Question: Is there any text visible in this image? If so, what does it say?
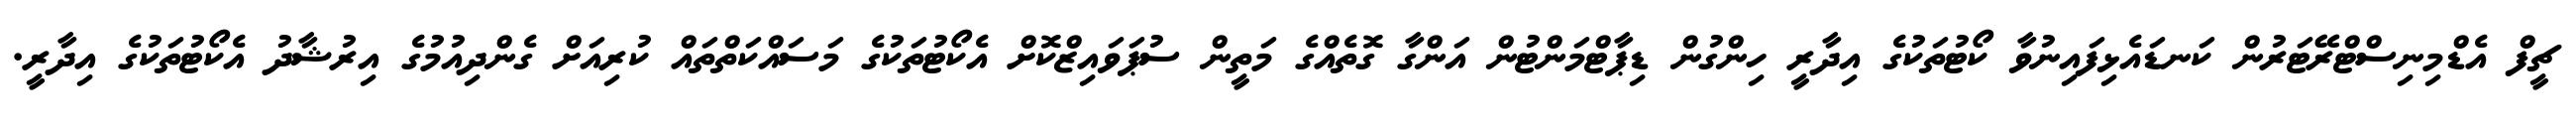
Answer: ޗީފް އެޑްމިނިސްޓްރޭޓަރުން ކަނޑައެޅިފައިނުވާ ކޯޓުތަކުގެ އިދާރީ ހިންގުން ޑިޕާޓްމަންޓުން އަންގާ ގޮތެއްގެ މަތީން ސުޕަވައިޒްކޮށް އެކޯޓުތަކުގެ މަސައްކަތްތައް ކުރިއަށް ގެންދިއުމުގެ އިރުޝާދު އެކޯޓުތަކުގެ އިދާރީ.